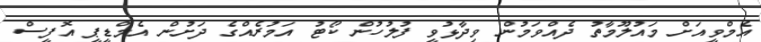
އެމްވީއަށް މައުލޫމާތު ދެއްވަމުން ވިދާޅުވީ ފުލުހުން ކޯޓު އަމުރެއްގެ ދަށުން އެމްޑީޕީ އޮފީސް